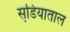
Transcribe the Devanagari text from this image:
सडि़याताल